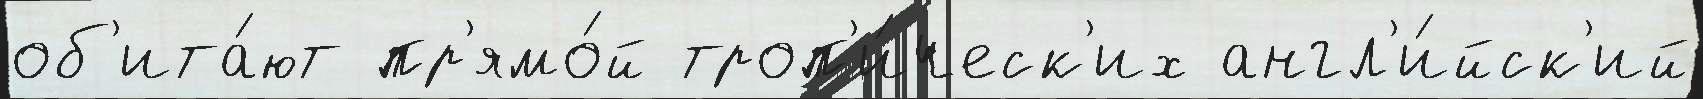
об'ита́ют пр'ямо́й троп'и́ческ'их англ'и́йск'ий